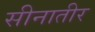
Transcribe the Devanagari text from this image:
सीनातीर